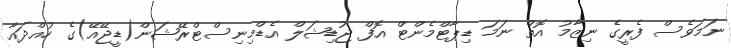
ނަމަވެސް ފެރީގެ ނިޒާމު އޮތް ނަމަ ޑިޕާޓްމެންޓް އޮފް ޖުޑިޝަލް އެޑްމިނިސްޓްރޭޝަން(ޑީޖޭއޭ)ގެ ހުއްދައާ